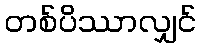
တစ်ပိဿာလျှင်